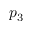
p _ { 3 }